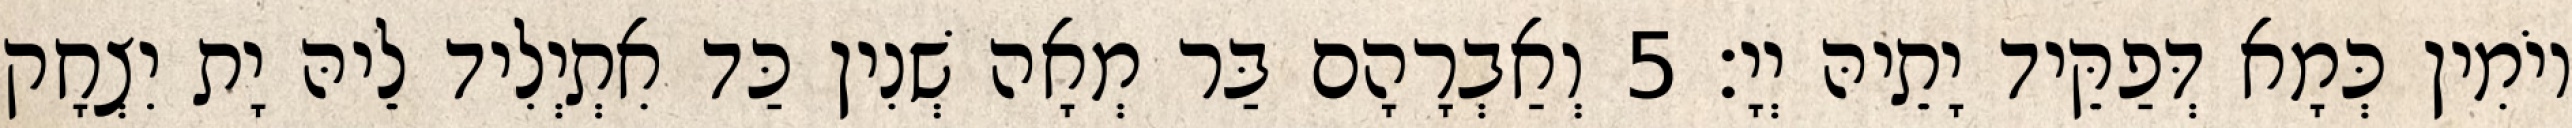
יוֹמִין כְּמָא דְּפַקֵּיד יָתֵיהּ יְיָ׃ 5 וְאַבְרָהָם בַּר מְאָה שְׁנִין כַּד אִתְיְלִיד לֵיהּ יָת יִצְחָק